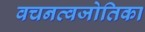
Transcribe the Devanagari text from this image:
वचनत्वजोतिका